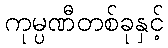
ကုမ္ပဏီတစ်ခုနှင့်